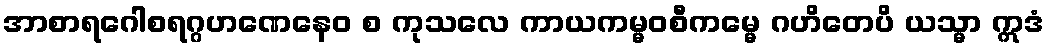
အာစာရဂေါစရဂ္ဂဟဏေနေဝ စ ကုသလေ ကာယကမ္မဝစီကမ္မေ ဂဟိတေပိ ယသ္မာ ဣဒံ